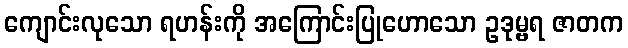
ကျောင်းလုသော ရဟန်းကို အကြောင်းပြုဟောသော ဥဒုမ္ဗရ ဇာတက